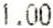
1.00